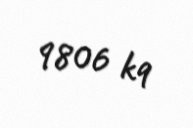
9806 kq